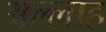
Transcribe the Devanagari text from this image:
अल्‍लाह